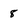
Character: 8